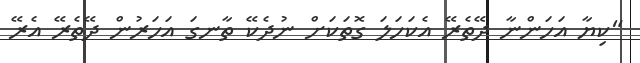
"ކިޔާ އަހަންނާ ދޭތެރޭ އެކަހަލަ ގޮތަކަށް ނުދެކޭ ތާނގަ އަހަރުން ދޭތެރޭ އެރޭ